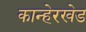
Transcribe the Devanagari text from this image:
कान्हेरखेड